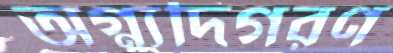
অগ্ন্যুদিগরণ